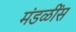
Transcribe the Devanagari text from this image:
मंडळींस